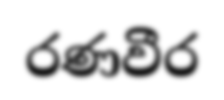
රණවීර